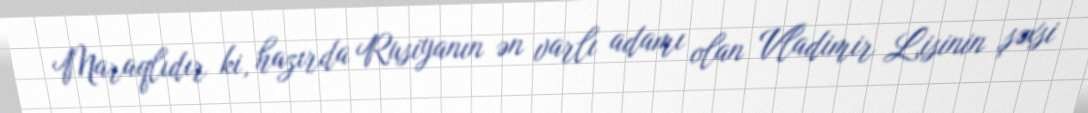
Maraqlıdır ki, hazırda Rusiyanın ən varlı adamı olan Vladimir Lisinin şəxsi